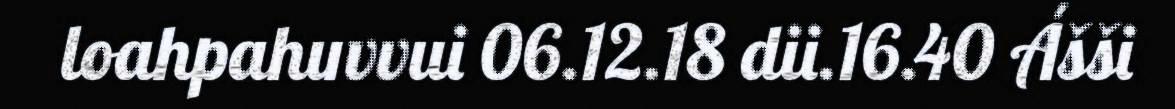
loahpahuvvui 06.12.18 dii.16.40 Ášši